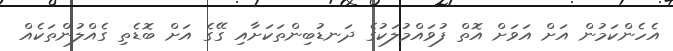
އެހެންކަމުން އަށް އަވަށް އޮތް ފުވައްމުލަކުގެ ދަނޑުބިންތަކަށާއި ގޭގެ އަށް ބޮޑެތި ގެއްލުންތަކެއް